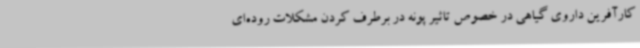
کارآفرین داروی گیاهی در خصوص تاثیر پونه در برطرف کردن مشکلات روده‌ای